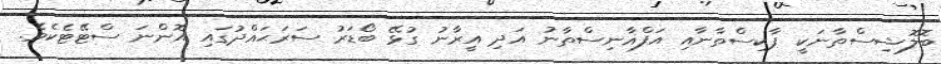
ބޮލޮޝިސްތާނަކީ ޕާކިސްތާނާއި އަފްޣާނިސްތާނު އަދި އީރާނު ގުޅޭ ބޯޑަރު ސަރަޙައްދުގައި އޮންނަ ސްޓޭޓެކެވެ.